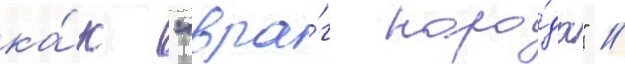
ка́к "вра́г наро́да" //